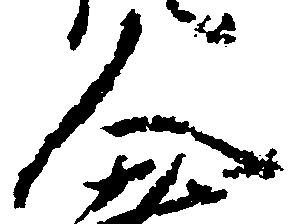
人